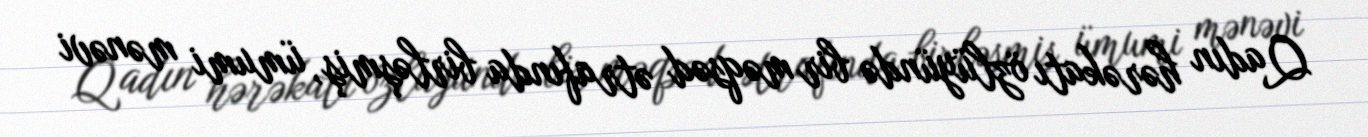
Qadın hərəkatı özlüyündə bir məqsəd ətrafında birləşmiş, ümumi mənəvi